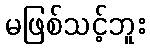
မဖြစ်သင့်ဘူး